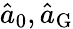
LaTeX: \hat{a}_{0},\hat{a}_{\mathrm{G}}